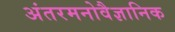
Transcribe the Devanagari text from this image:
अंतरमनोवैज्ञानिक